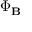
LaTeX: \Phi _ { \mathbf { B } }